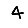
Digit: 4